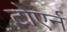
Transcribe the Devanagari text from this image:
टोएर्न